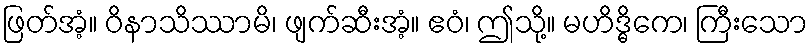
ဖြတ်အံ့။ ဝိနာသိဿာမိ၊ ဖျက်ဆီးအံ့။ ဧဝံ၊ ဤသို့။ မဟိဒ္ဓိကေ၊ ကြီးသော